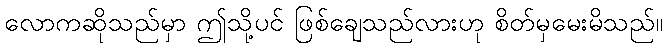
လောကဆိုသည်မှာ ဤသို့ပင် ဖြစ်ချေသည်လားဟု စိတ်မှမေးမိသည်။